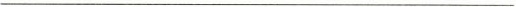
___